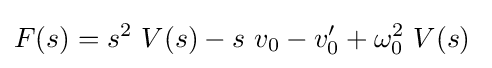
F(s)=s^{2}\ V(s)-s\ v_{0}-v'_{0}+\omega _{0}^{2}\ V(s)\;